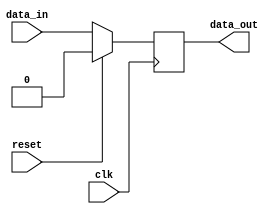
`timescale 1ns / 1ps
//////////////////////////////////////////////////////////////////////////////////
// Company: 
// Engineer: 
// 
// Design Name: 
// Module Name: flip_flop
// Project Name: 
// Target Devices: 
// Tool Versions: 
// Description: 
// 
// Dependencies: 
// 
// Revision:
// Revision 0.01 - File Created
// Additional Comments:
// 
//////////////////////////////////////////////////////////////////////////////////


module flip_flop(
    input data_in,
    input clk,
    input reset,
    output reg data_out
    );
    
    always@(posedge clk)begin
        if(reset)
            data_out <= 0;
        else
            data_out <= data_in;
    end
endmodule